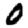
Digit: 0